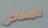
للمشاكل